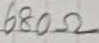
Text: 680Ω